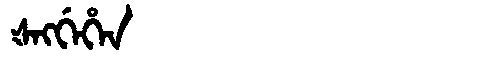
Manchu: ᡧᠩᡤᡝᡥᡝᠨ
Romanization: ŠNGGEHEN